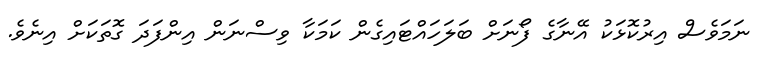
ނަމަވެސް އިރުކޮޅަކު އޭނާގެ ފޯނަށް ބަލަހައްޓައިގެން ކަމަކާ ވިސްނަން އިންފަދަ ގޮތަކަށް އިނެވެ.